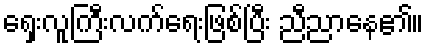
ရှေးလူကြီးလက်ရေးဖြစ်ပြီး ညီညာနေ၏။